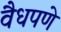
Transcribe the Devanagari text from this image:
वैधपणे